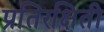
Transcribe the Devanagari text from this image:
प्रतिरक्षिती